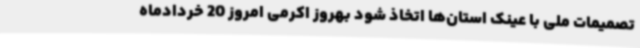
تصمیمات ملی با عینک استان‌ها اتخاذ شود بهروز اکرمی امروز 20 خردادماه